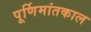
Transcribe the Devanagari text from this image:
पूर्णिमांतकाल